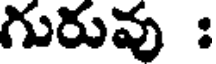
గురువు :